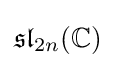
{\mathfrak {sl}}_{2n}(\mathbb {C} )